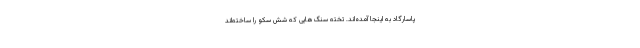
پاسارگاد به اینجا آمده‌اند. تخته سنگ‌‌هایی که شش سکو را ساخته‌اند